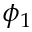
\phi _ { 1 }